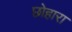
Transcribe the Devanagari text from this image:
छोहारा